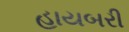
હાયબરી